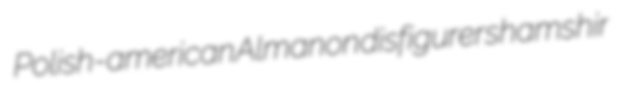
Polish-american Almanon disfigurer shamshir